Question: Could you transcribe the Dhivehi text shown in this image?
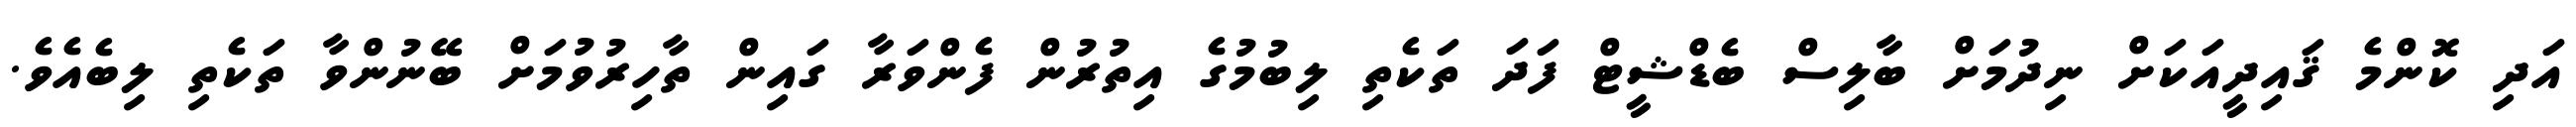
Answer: އަދި ކޮންމެ ޤައިދީއަކަށް ނިދުމަށް ބާލިސް ބެޑްޝީޓް ފަދަ ތަކެތި ލިބުމުގެ އިތުރުން ފެންވަރާ ގައިން ތާހިރުވުމަށް ބޭނުންވާ ތަކެތި ލިބެއެވެ.